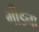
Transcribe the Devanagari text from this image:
मीडना